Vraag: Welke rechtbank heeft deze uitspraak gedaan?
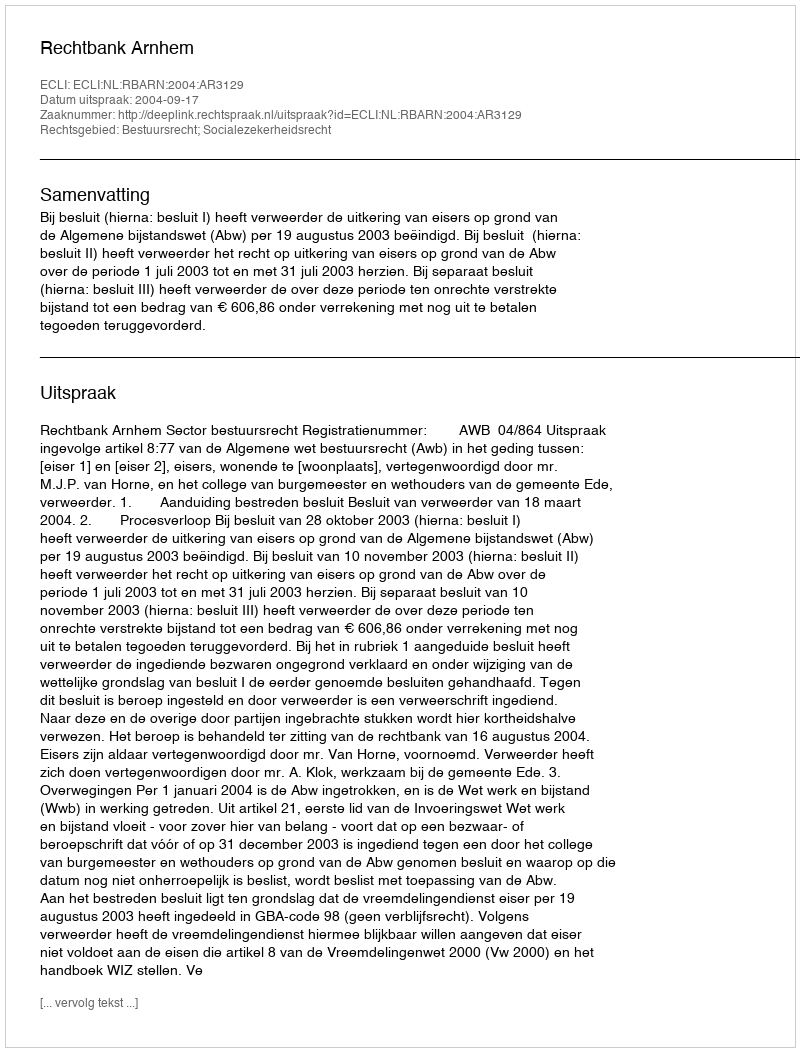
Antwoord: Rechtbank Arnhem